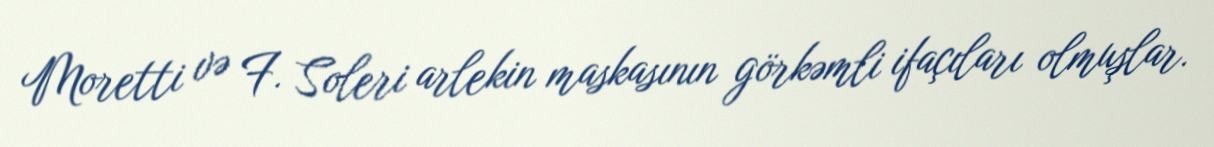
Moretti və F. Soleri arlekin maskasının görkəmli ifaçıları olmuşlar.